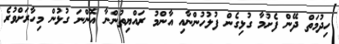
ހިދުމަތް ދޭން ފެށުމާ ގުޅިގެން ފުލުހުންނާއި އާންމު ރައްޔިތުންނާ އޮންނަ ގުޅުން މިހާރަށްވުރެ